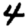
Digit: 4